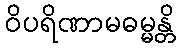
ဝိပရိဏာမဓမ္မန္တိ